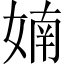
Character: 婻